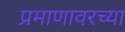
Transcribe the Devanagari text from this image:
प्रमाणावरच्या